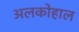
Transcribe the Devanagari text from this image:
अलकोहाल